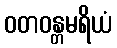
ဝတဝန္တမရိယံ